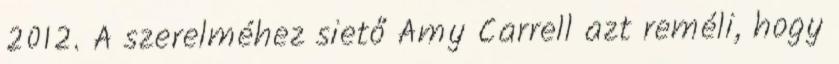
2012. A szerelméhez siető Amy Carrell azt reméli, hogy